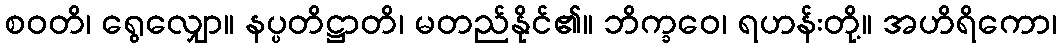
စဝတိ၊ ရွေလျှော။ နပ္ပတိဋ္ဌာတိ၊ မတည်နိုင်၏။ ဘိက္ခဝေ၊ ရဟန်းတို့။ အဟိရိကော၊